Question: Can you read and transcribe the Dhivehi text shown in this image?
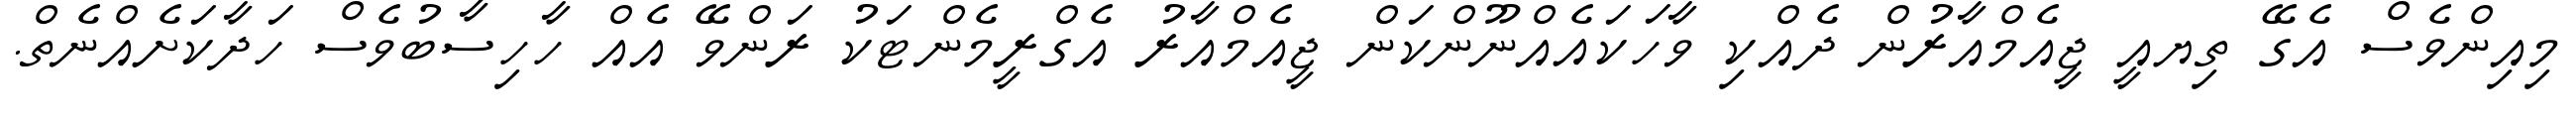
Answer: މިއިންވެސް އެގޭ ތިޔއީ ޖީއެމްއާރުން ދެއްކި ވާހަކައެއްނޫންކަން ޖީއެމްއާރު އެގްރީމެންޓަކު ރަންވޭ އެއް ހާހިސާބުވެސް ހަދާކަށެއްނެތް.